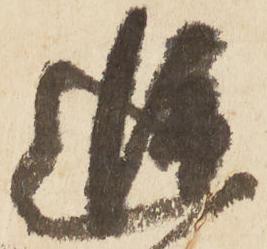
追